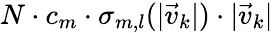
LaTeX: N\cdot c_{m}\cdot\sigma_{m,l}(|\vec{v}_{k}|)\cdot|\vec{v}_{k}|